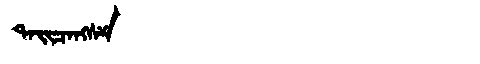
Manchu: ᡨᠠᡳᠴᠠᠩᠰᠶ
Romanization: TAICANGSY